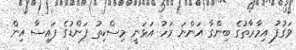
ވަގުފު އިމާރާތުގެ ބިންގާ އަންނަ މަހު އަޅަނީ މިސްކިތު ފަންޑުގެ ފައިސާ އިން